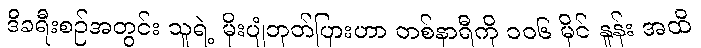
ဒီခရီးစဉ်အတွင်း သူရဲ့ မိုးပျံဘုတ်ပြားဟာ တစ်နာရီကို ၁၀၆ မိုင် နှုန်း အထိ